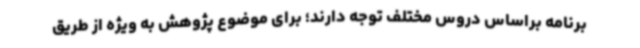
برنامه براساس دروس مختلف توجه دارند؛ برای موضوع پژوهش به ویژه از طریق